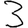
Digit: 3